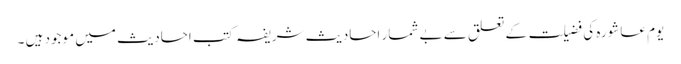
یومِ عاشورہ کی فضیلت کے تعلق سے بے شمار احادیث شریفہ کتب احادیث میں موجود ہیں ۔